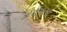
કારીગરના